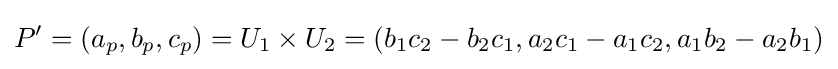
P'=(a_{p},b_{p},c_{p})=U_{1}\times U_{2}=(b_{1}c_{2}-b_{2}c_{1},a_{2}c_{1}-a_{1}c_{2},a_{1}b_{2}-a_{2}b_{1})